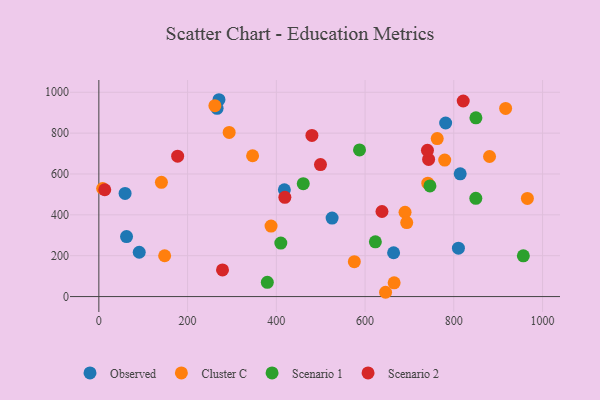
{"axis": {"x": "Ad Spend", "y": "Fuel Efficiency"}, "legend": ["Cluster C", "Observed", "Scenario 1", "Scenario 2"], "data": [{"x": "91.0", "y": 216.9, "type": "Observed"}, {"x": "664.3", "y": 214.5, "type": "Observed"}, {"x": "781.6", "y": 849.6, "type": "Observed"}, {"x": "59.1", "y": 504.9, "type": "Observed"}, {"x": "62.4", "y": 293.6, "type": "Observed"}, {"x": "814.4", "y": 600.8, "type": "Observed"}, {"x": "418.1", "y": 522.8, "type": "Observed"}, {"x": "270.7", "y": 963.4, "type": "Observed"}, {"x": "810.4", "y": 236.6, "type": "Observed"}, {"x": "525.7", "y": 384.0, "type": "Observed"}, {"x": "266.5", "y": 921.5, "type": "Observed"}, {"x": "965.8", "y": 480.2, "type": "Cluster C"}, {"x": "665.5", "y": 67.2, "type": "Cluster C"}, {"x": "646.2", "y": 21.0, "type": "Cluster C"}, {"x": "741.4", "y": 555.0, "type": "Cluster C"}, {"x": "8.5", "y": 528.8, "type": "Cluster C"}, {"x": "388.1", "y": 344.8, "type": "Cluster C"}, {"x": "880.5", "y": 685.5, "type": "Cluster C"}, {"x": "690.1", "y": 412.6, "type": "Cluster C"}, {"x": "575.8", "y": 170.8, "type": "Cluster C"}, {"x": "148.3", "y": 199.8, "type": "Cluster C"}, {"x": "293.7", "y": 803.4, "type": "Cluster C"}, {"x": "693.9", "y": 362.1, "type": "Cluster C"}, {"x": "762.6", "y": 773.4, "type": "Cluster C"}, {"x": "141.0", "y": 559.2, "type": "Cluster C"}, {"x": "346.5", "y": 689.1, "type": "Cluster C"}, {"x": "916.8", "y": 921.0, "type": "Cluster C"}, {"x": "779.5", "y": 668.0, "type": "Cluster C"}, {"x": "261.5", "y": 934.4, "type": "Cluster C"}, {"x": "746.2", "y": 541.6, "type": "Scenario 1"}, {"x": "623.2", "y": 267.9, "type": "Scenario 1"}, {"x": "956.7", "y": 199.5, "type": "Scenario 1"}, {"x": "379.7", "y": 69.8, "type": "Scenario 1"}, {"x": "849.6", "y": 480.7, "type": "Scenario 1"}, {"x": "587.5", "y": 717.5, "type": "Scenario 1"}, {"x": "410.1", "y": 261.8, "type": "Scenario 1"}, {"x": "849.8", "y": 874.8, "type": "Scenario 1"}, {"x": "460.7", "y": 552.4, "type": "Scenario 1"}, {"x": "638.1", "y": 416.4, "type": "Scenario 2"}, {"x": "419.2", "y": 485.8, "type": "Scenario 2"}, {"x": "743.2", "y": 671.1, "type": "Scenario 2"}, {"x": "13.3", "y": 522.9, "type": "Scenario 2"}, {"x": "499.5", "y": 646.1, "type": "Scenario 2"}, {"x": "821.2", "y": 957.2, "type": "Scenario 2"}, {"x": "480.2", "y": 788.6, "type": "Scenario 2"}, {"x": "177.6", "y": 686.9, "type": "Scenario 2"}, {"x": "278.7", "y": 130.3, "type": "Scenario 2"}, {"x": "740.6", "y": 715.7, "type": "Scenario 2"}]}